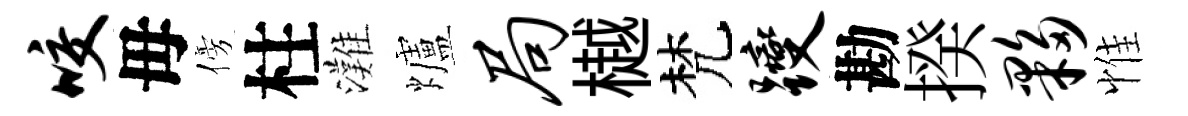
咬毋傍柱灘爐局樾梵躞勘揆夥惟